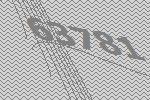
63781